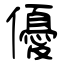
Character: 優